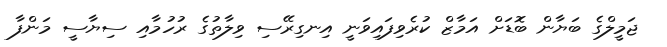
ޖަމީލްގެ ބަޔާން ބޮޑަށް އަމާޒް ކުރެވިފައިވަނީ އިނގިރޭސި ވިލާތުގެ ރުހުމާއި ސިޔާސީ މަންފާ